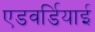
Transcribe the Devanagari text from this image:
एडवर्डियाई